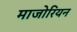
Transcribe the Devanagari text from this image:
माजोरियन